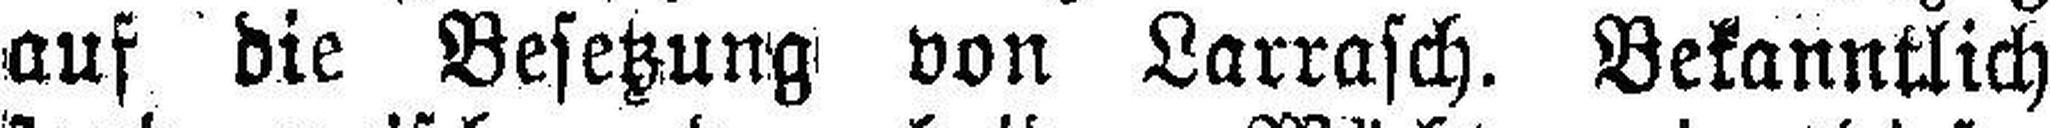
auf die Besetzung von Larrasch. Bekanntlich